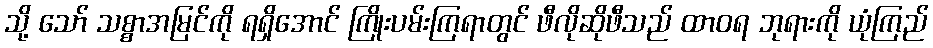
သို့ သော် သစ္စာအမြင်ကို ရရှိအောင် ကြိုးပမ်းကြရာတွင် ဖီလိုဆိုဖီသည် ထာဝရ ဘုရားကို ယုံကြည်